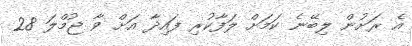
އެ ރަށުން ލިބޭނެ ކަމަށް ލަފާކުރި ފައިދާ އަށް ވާ ޖުމްލަ 28